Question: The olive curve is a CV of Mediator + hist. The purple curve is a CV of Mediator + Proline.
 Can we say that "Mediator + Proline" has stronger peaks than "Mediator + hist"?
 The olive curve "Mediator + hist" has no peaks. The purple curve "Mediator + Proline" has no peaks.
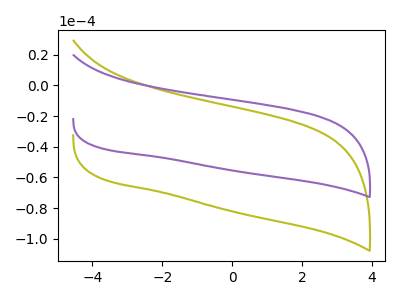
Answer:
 <answer>Niether CV has any peaks.</answer>
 <eval>blanks</eval>